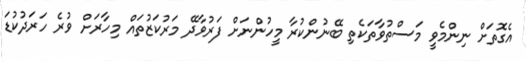
އެގޮތަށް ނިންމެވީ މަސްތުވާތަކެތި ބޭނުންކުރާ މީހުންނަށް ފަރުވާދޭ މަރުކަޒުތައް މިހާރަށް ވުރެ ހަރަދުކުޑަ